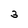
Character: 3